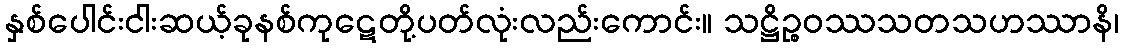
နှစ်ပေါင်းငါးဆယ့်ခုနစ်ကုဋေတို့ပတ်လုံးလည်းကောင်း။ သဋ္ဌိဉ္စဝဿသတသဟဿာနိ၊